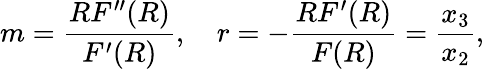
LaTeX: m=\frac{RF^{\prime\prime}(R)}{F^{\prime}(R)},~~~~r=-\frac{RF^{\prime}(R)}{F(R)}=\frac{x_{3}}{x_{2}},